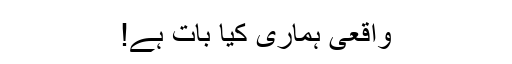
واقعی ہماری کیا بات ہے!